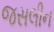
જસલીન